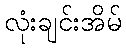
လုံးချင်းအိမ်